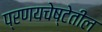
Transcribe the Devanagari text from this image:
प्रणयचेष्टेतील